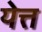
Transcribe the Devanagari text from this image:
येत्त